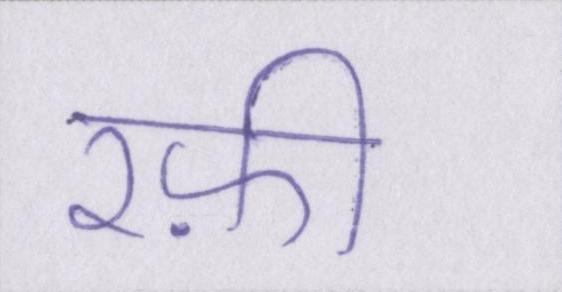
रफ़ी